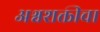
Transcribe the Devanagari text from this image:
अश्वशक्तीचा